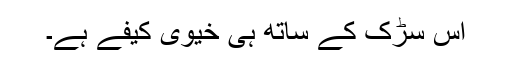
اس سڑک کے ساتھ ہی خیوی کیفے ہے۔